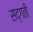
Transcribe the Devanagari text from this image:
सद्‌गती